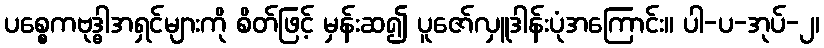
ပစ္စေကဗုဒ္ဓါအရှင်များကို စိတ်ဖြင့် မှန်းဆ၍ ပူဇော်လှူဒါန်းပုံအကြောင်း။ ပါ-ပ-အုပ်-၂၊